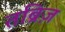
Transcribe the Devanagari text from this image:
तब्रिज़